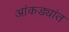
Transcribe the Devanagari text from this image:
आंकड्यांत